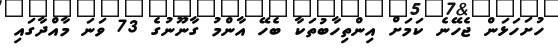
ހުށަހަޅަން ޖެހޭނެ ކަމަށް އިންތިހާބުތަކާ ބެހޭ އާންމު ގާނޫނުގެ 73 ވަނަ މާއްދާގައި